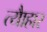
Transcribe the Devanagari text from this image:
त्यैाहार